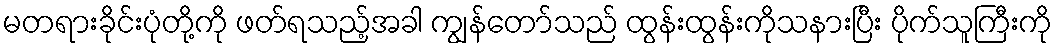
မတရားခိုင်းပုံတို့ကို ဖတ်ရသည့်အခါ ကျွန်တော်သည် ထွန်းထွန်းကိုသနားပြီး ပိုက်သူကြီးကို